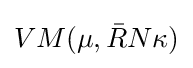
VM(\mu ,{\bar {R}}N\kappa )